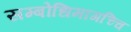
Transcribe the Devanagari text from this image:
सम्बोधिमागच्चि